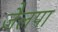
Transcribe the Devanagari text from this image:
जैलपा